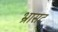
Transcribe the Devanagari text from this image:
भ्रासट